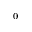
^ 0